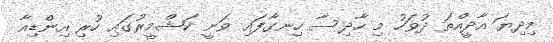
މިދިޔަ އާދީއްތަ ދުވަހު މި ހާދިސާ ހިނގާފައި ވަނީ ކަޝްމީރުގައި ހުރި އިންޑިއާ